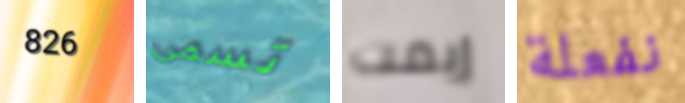
826 تسمى إيمت نفعلة